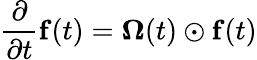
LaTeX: \frac{\partial}{\partial t}{\mathbf f}(t)={\mathbf\Omega}(t)\odot{\mathbf f}(t)